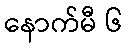
နောက်မီ ၆